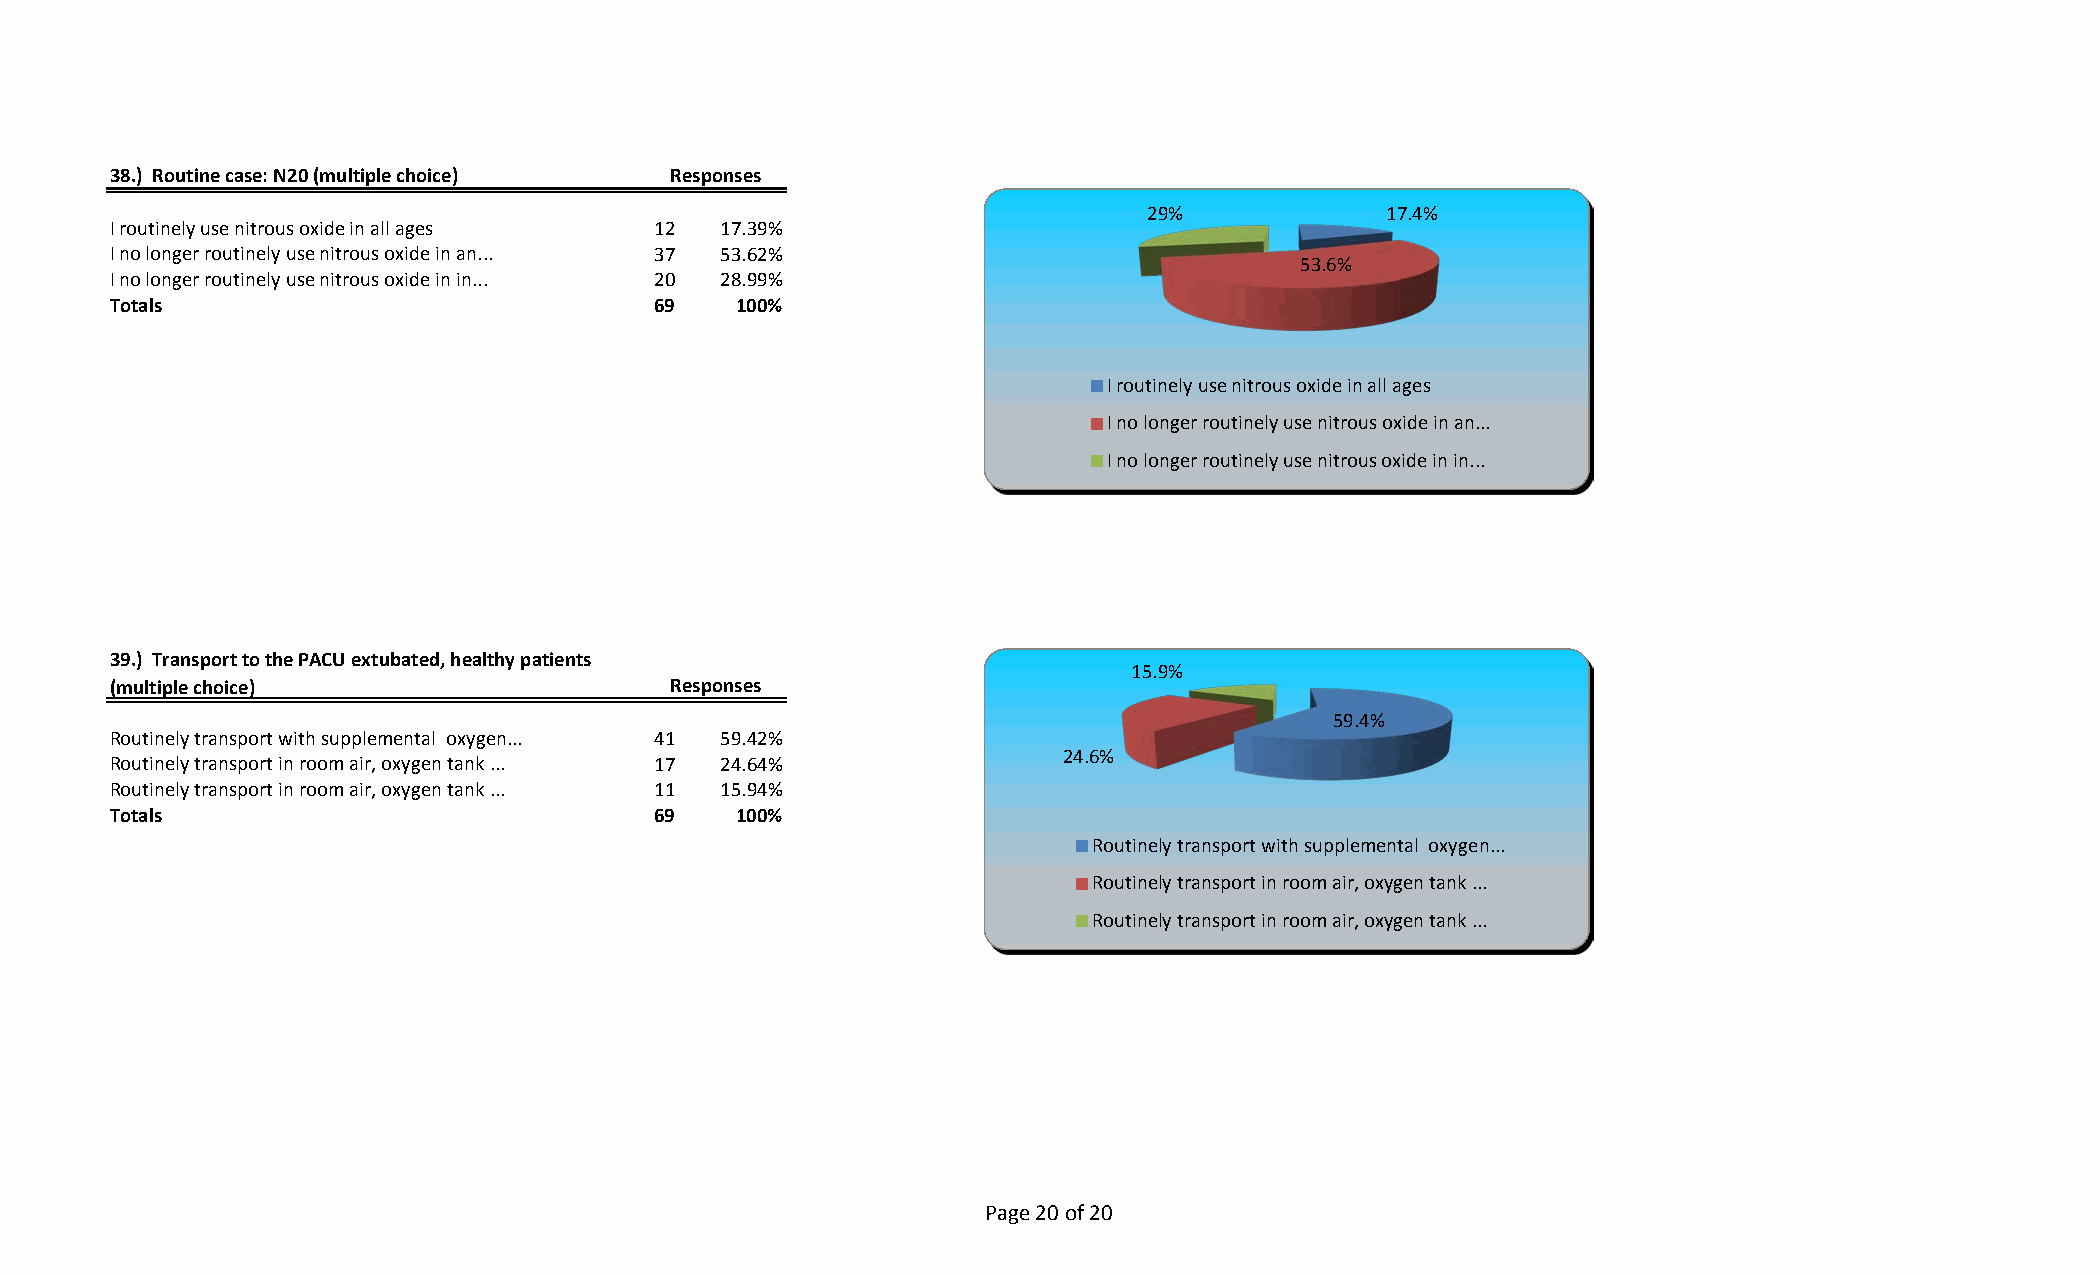
38.) Routine case: N20 (multiple choice) Responses
 29%            17.4%
 I routinely use nitrous oxide in all ages 12 17.39%
 I no longer routinely use nitrous oxide in an... 37 53.62%
 53.6%
 I no longer routinely use nitrous oxide in in... 20 28.99%
 Totals                              69   100%
 I routinely use nitrous oxide in all ages
 I no longer routinely use nitrous oxide in an...
 I no longer routinely use nitrous oxide in in...
 39.) Transport to the PACU extubated, healthy patients
 15.9%
 (multiple choice)                    Responses
 59.4%
 Routinely transport with supplemental oxygen... 41 59.42%
 24.6%
 Routinely transport in room air, oxygen tank ... 17 24.64%
 Routinely transport in room air, oxygen tank ... 11 15.94%
 Totals                              69   100%
 Routinely transport with supplemental oxygen...
 Routinely transport in room air, oxygen tank ...
 Routinely transport in room air, oxygen tank ...
 Page 20 of 20